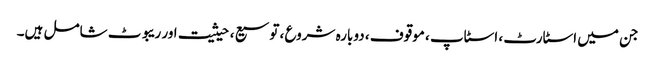
جن میں اسٹارٹ ، اسٹاپ ، موقوف ، دوبارہ شروع ، توسیع ، حیثیت اور ریبوٹ شامل ہیں۔